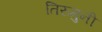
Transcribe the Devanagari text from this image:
तिरुमुनी